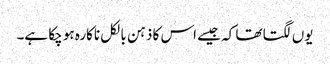
یوں لگتا تھا کہ جیسے اس کا ذہن بالکل ناکارہ ہو چکا ہے۔